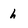
Character: h